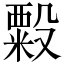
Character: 𬖫